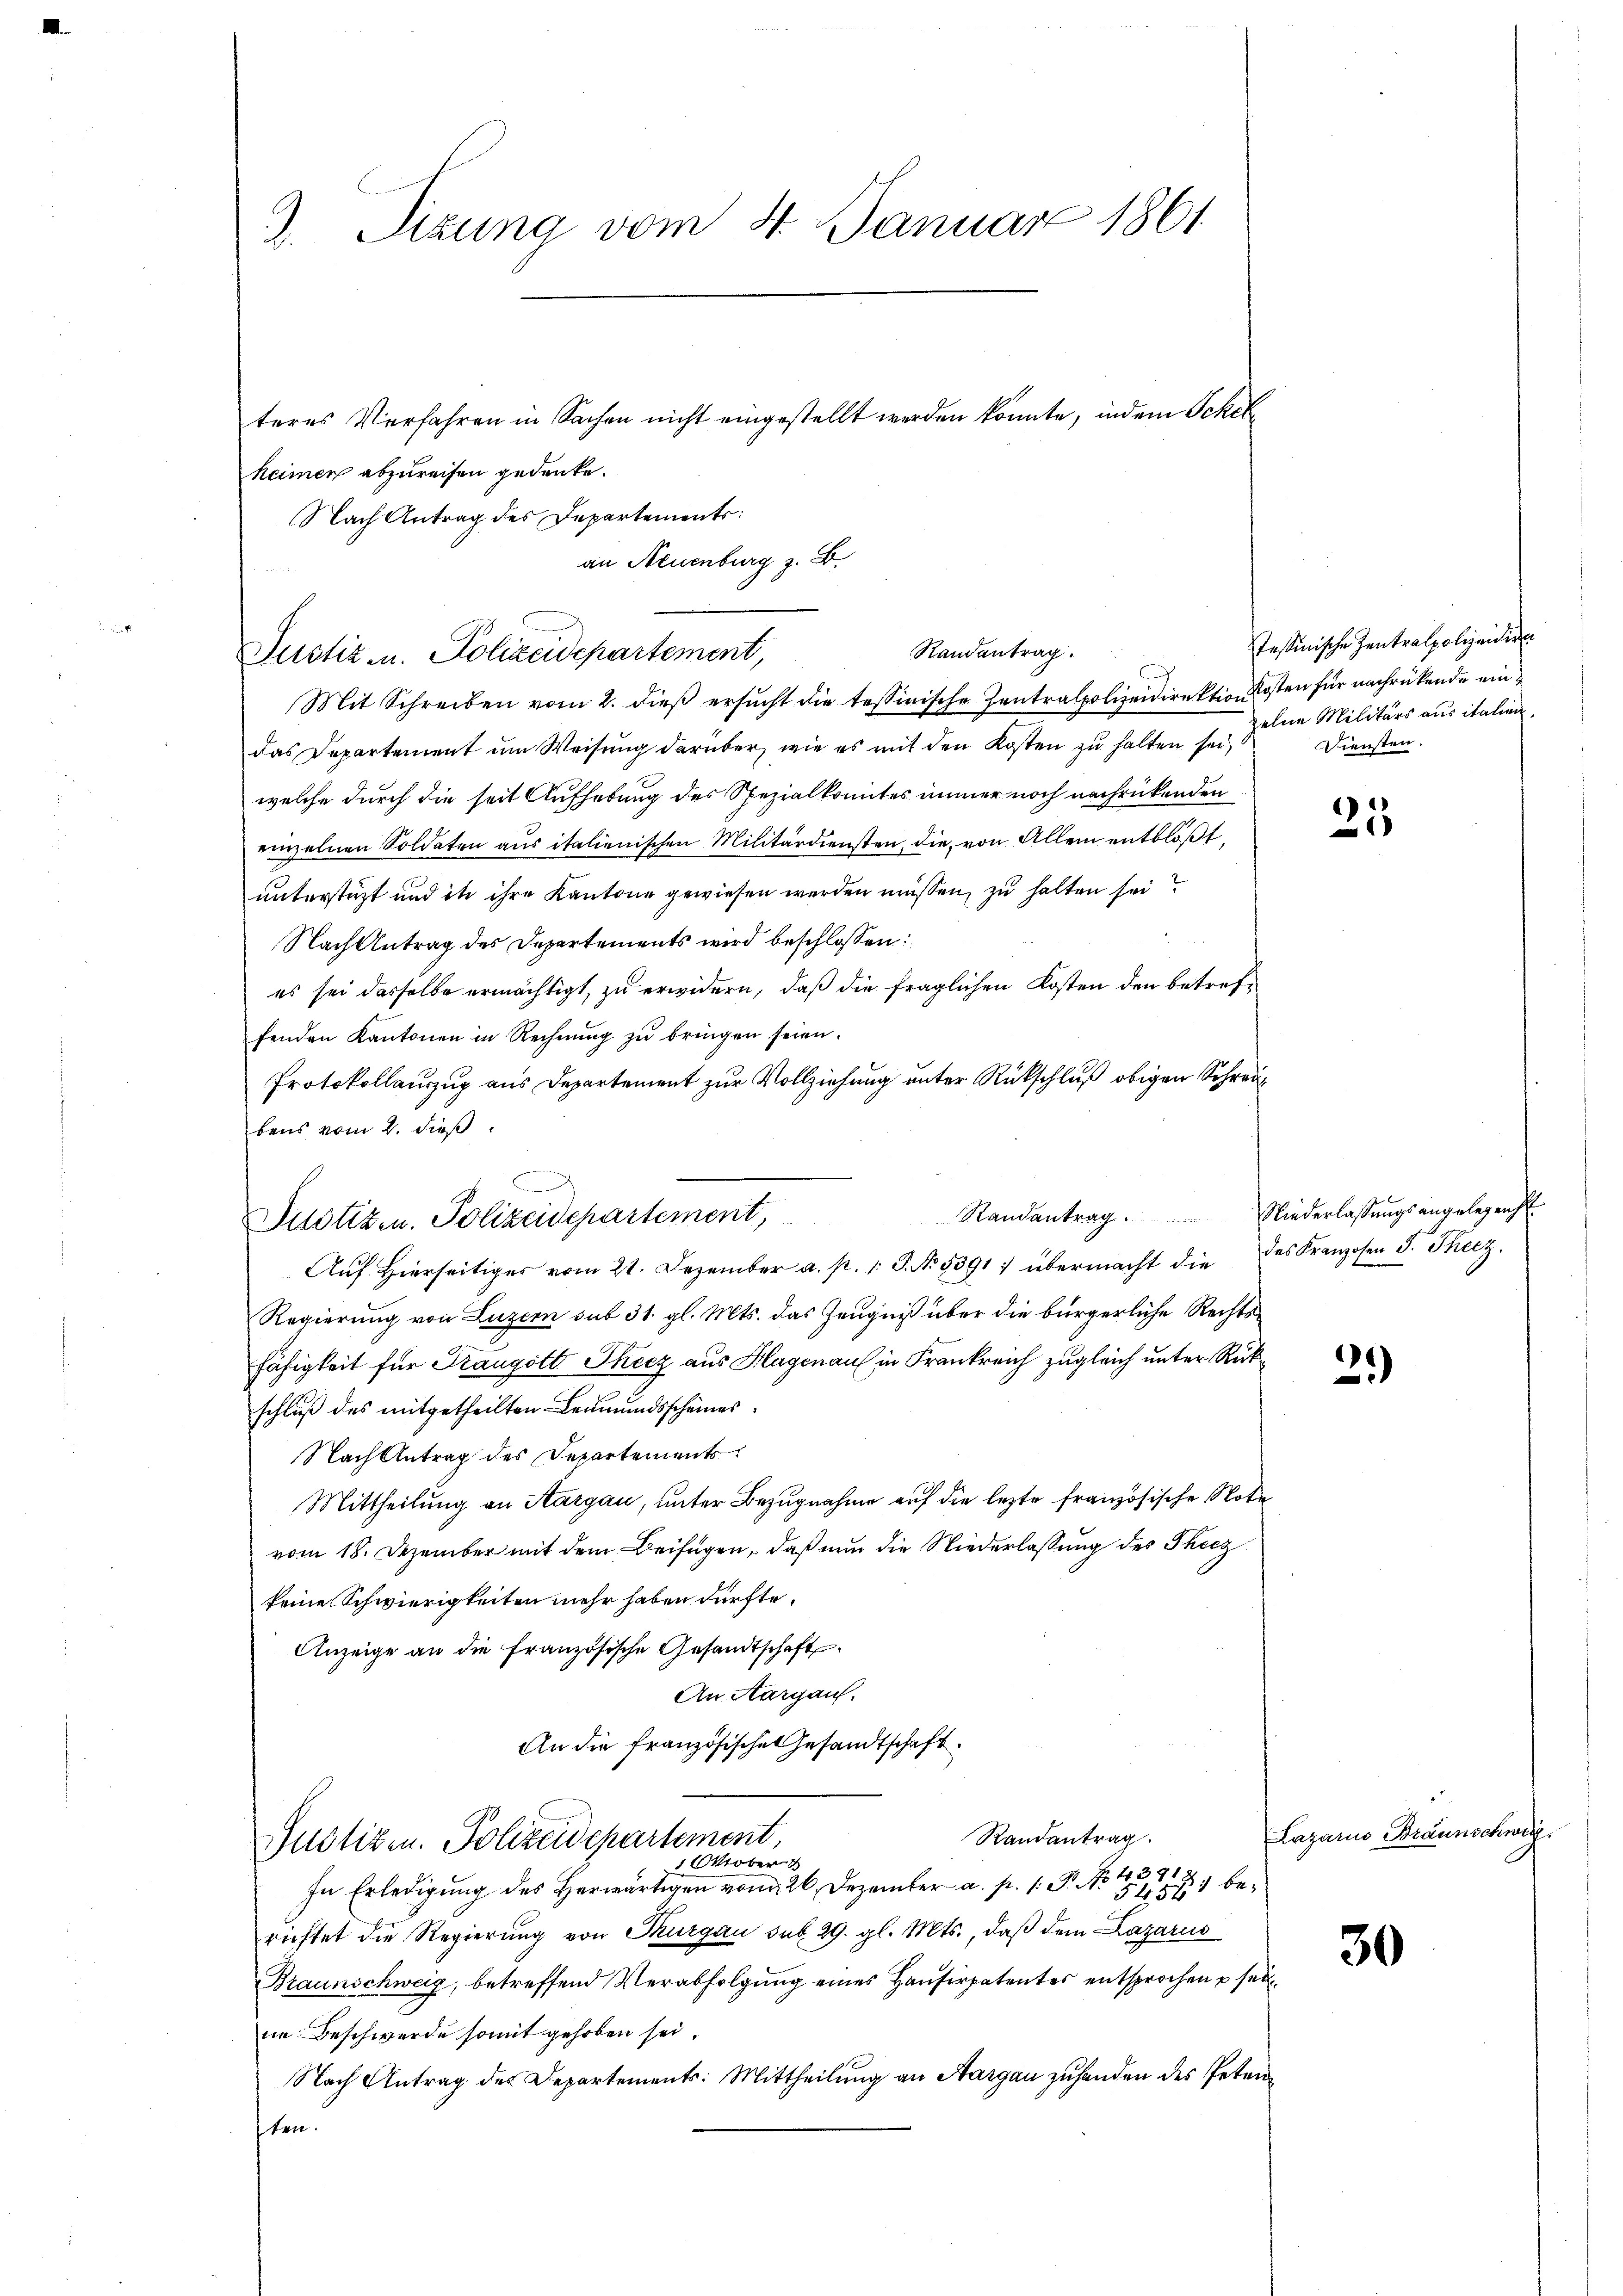
3. Sizung vom 4. Januar 1861
teres Verfahren in Sachen nicht eingestellt werden könnte, indem Schelheimen abzureisen gedenke.

b
Mit Schreiben vom 2. dieβ ersŭcht die tessinische Zentralpolizeidirektion Kosten für nachrückende ein
das Departement um Weisung darüber, wie es mit den Kosten zu halten sei. Diensten.
welche durch die seit Aufhebung des Spezialkomites immer noch nachrückenden
einzelnen Soldaten aus italienischen Militärdiensten, die von Allem entblößt,
unterstüzt und ihn ihre Kantone gewiesen werden müssen, zu halten sei
Nach Antrag des Departements wird beschlossen:
es sei dasselbe ermächtigt, zu erwidern, daß die fraglichen Kosten den betreffenden Kantonen in Rechnung zu bringen seien.
Protokollauszug aus Departement zur Vollziehung unter Rückschluß obigen Schreibens vom 2. dieß
Randantrag
Justiz- u. Polizeidepartement,
Aŭf Hierseitiger vom 21. Dezember a. p. 1. P. No. 5391) übermacht die des Kranzosen J. Theez.
Regierung von Luzern sub 31. gl. Mts. das Zeugniß über die bürgerliche Rechtsfähigkeit für Traugott Thecz aus Klagenau in Frankreich zugleich unter Rückschluß des mitgetheilten Leumundsscheines
Nach Antrag des Departements
Mittheilung an Aargau, unter Bezugnahme auf die lezte französische Note
vom 18. Dezember mit dem Beifügen, daß nun die Niederlassung des Thicz
keine Schwierigkeiten mehr haben dürfte.
Anzeige an die französische Gesandtschaft
An Aargau.
An die französische Gesandtschaft
Randantrag.
Justizen. Polizeidepartement,
 Oktober
In Erledigung des Herwärtigen vom 26. Dezember a. p. 1. P. NNo. 4391
54551 be-
richtet die Regierung von Thurgau sub. 29. gl. Mts., daß dem Lazarus
Braunschweig, betreffend Verabfolgung eines Hausirpatentes entsprochen u seine Beschwerde somit gehoben sei.
Nach Antrag des Departements: Mittheilung an Aargau zuhanden des Petenten.

Nach Antrag des Departements:
an Neuenburg z. B.
Randantrag.
Justiz- u. Polizeidepartement,

Tessinische Zentralpolizeidiren
zelne Militärs aus italien,

25

Niederlaßungsangelegens

21)

Lazario Braunschweiz

30